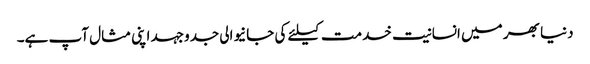
دنیا بھر میں انسانیت خدمت کیلئے کی جانیوالی جدوجہد اپنی مثال آپ ہے۔